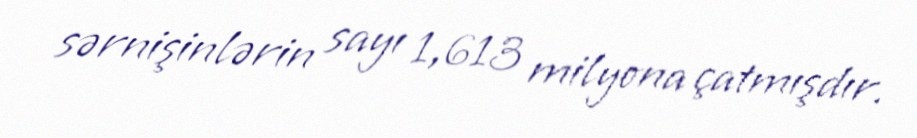
sərnişinlərin sayı 1,613 milyona çatmışdır.